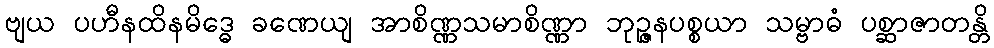
ဗျယ ပဟီနထိနမိဒ္ဓေ ခဏေယျ အာစိဏ္ဏသမာစိဏ္ဏာ ဘုဉ္ဇနပစ္စယာ သမ္ဗာဓံ ပစ္ဆာဇာတန္တိ